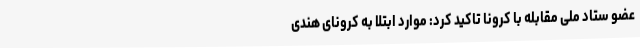
عضو ستاد ملی مقابله با کرونا تاکید کرد: موارد ابتلا به کرونای هندی